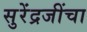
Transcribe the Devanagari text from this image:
सुरेंद्रजींचा